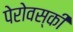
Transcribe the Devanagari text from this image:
पेरोवस्की